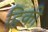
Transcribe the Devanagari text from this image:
ट्विकी